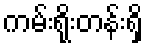
ကမ်းရိုးတန်းရှိ